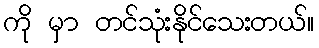
ကို မှာ တင်သုံးနိုင်သေးတယ်။